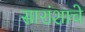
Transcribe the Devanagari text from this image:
सारांशाचे